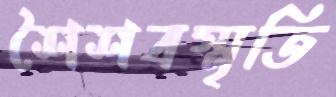
শৈশবস্মৃতি